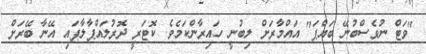
"ވަޓް ނުވެސްބުނޭ ބައްޕަ" އައްމާރަށް ލިބުނީ ހައިރާންކަމެވެ. ކޮޓަރީ ދޮރުލައްޕާލާފައި އޭނާ ބޭރަށް